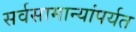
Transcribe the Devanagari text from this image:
सर्वसामान्यांपर्यत